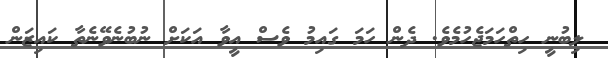
ލިބުނީ ހިތްހަމަޖެހުމެވެ. ދެން ހަމަ ގައިމު ވެސް އީވާ އަކަށް ނުބުނެވޭނެތާ ކައިޒަން